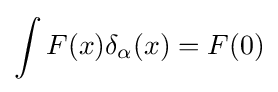
\int F(x)\delta _{\alpha }(x)=F(0)